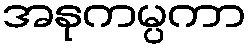
အနုကမ္ပကာ